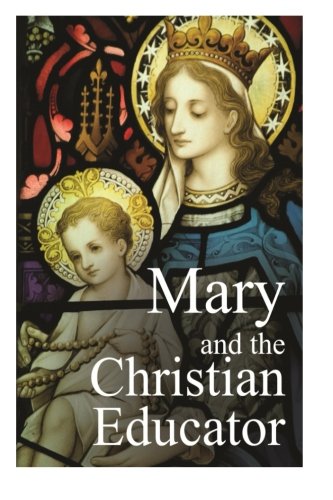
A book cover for Mary and the Christian Educator; Fr. Emil Neubert; Christian Books & Bibles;